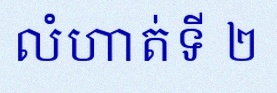
លំហាត់ទី ២